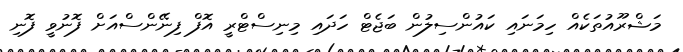
މަޝްރޫއުތަކެއް ހިމަނައި ކައުންސިލުން ބަޖެޓް ހަދައި މިނިސްޓްރީ އޮފް ފިނޭންސްއަށް ފޮނުވީ ފޮނި